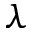
\lambda